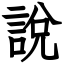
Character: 說